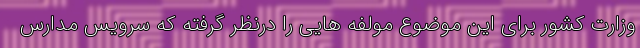
وزارت کشور برای این موضوع مولفه هایی را درنظر گرفته که سرویس مدارس